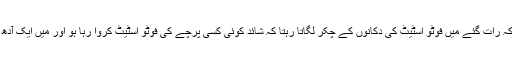
یہاں تک کہ رات گئے میں فوٹو اسٹیٹ کی دکانوں کے چکر لگاتا رہتا کہ شائد کوئی کسی پرچے کی فوٹو اسٹیٹ کروا رہا ہو اور میں ایک آدھ اچک لوں۔